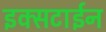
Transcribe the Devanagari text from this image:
इक्सटाईन